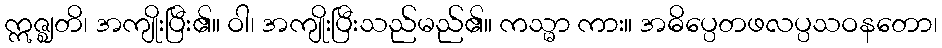
ဣဇ္ဈတိ၊ အကျိုးပြီး၏။ ဝါ၊ အကျိုးပြီးသည်မည်၏။ ကသ္မာ ကား။ အဓိပ္ပေတဖလပ္ပသဝနတော၊